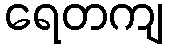
ရေတကျ